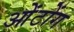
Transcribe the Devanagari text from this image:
ओंटोंग